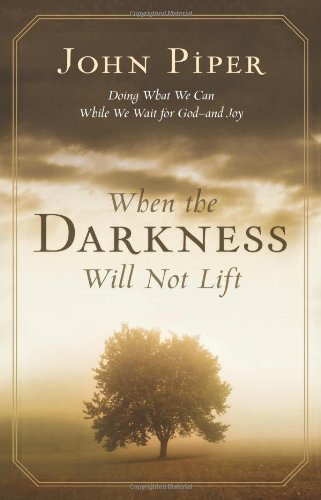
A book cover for When the Darkness Will Not Lift: Doing What We Can While We Wait for God--and Joy; John Piper; Health, Fitness & Dieting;